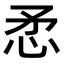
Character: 𢘅